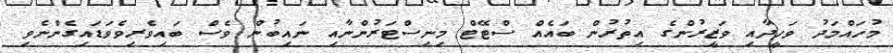
މުހައްމަދު ވަހީދާއި ވަޒީރުންގެ އިތުރުން ބައެއް ސްޓޭޓް މިނިސްޓަރުންނާއި ނައިބުން ވެސް ބައިވެރިވެވަޑައިގެންނެވި